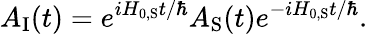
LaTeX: A_{\mathrm{I}}(t)=e^{iH_{0,{\mathrm{S}}}t/\hbar}A_{\mathrm{S}}(t)e^{-iH_{0,{\mathrm{S}}}t/\hbar}.